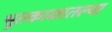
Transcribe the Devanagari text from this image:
भूतकाळातल्या